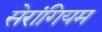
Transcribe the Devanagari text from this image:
सेरांगियम